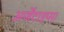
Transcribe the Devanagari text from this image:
अर्जेंटाइप्स।